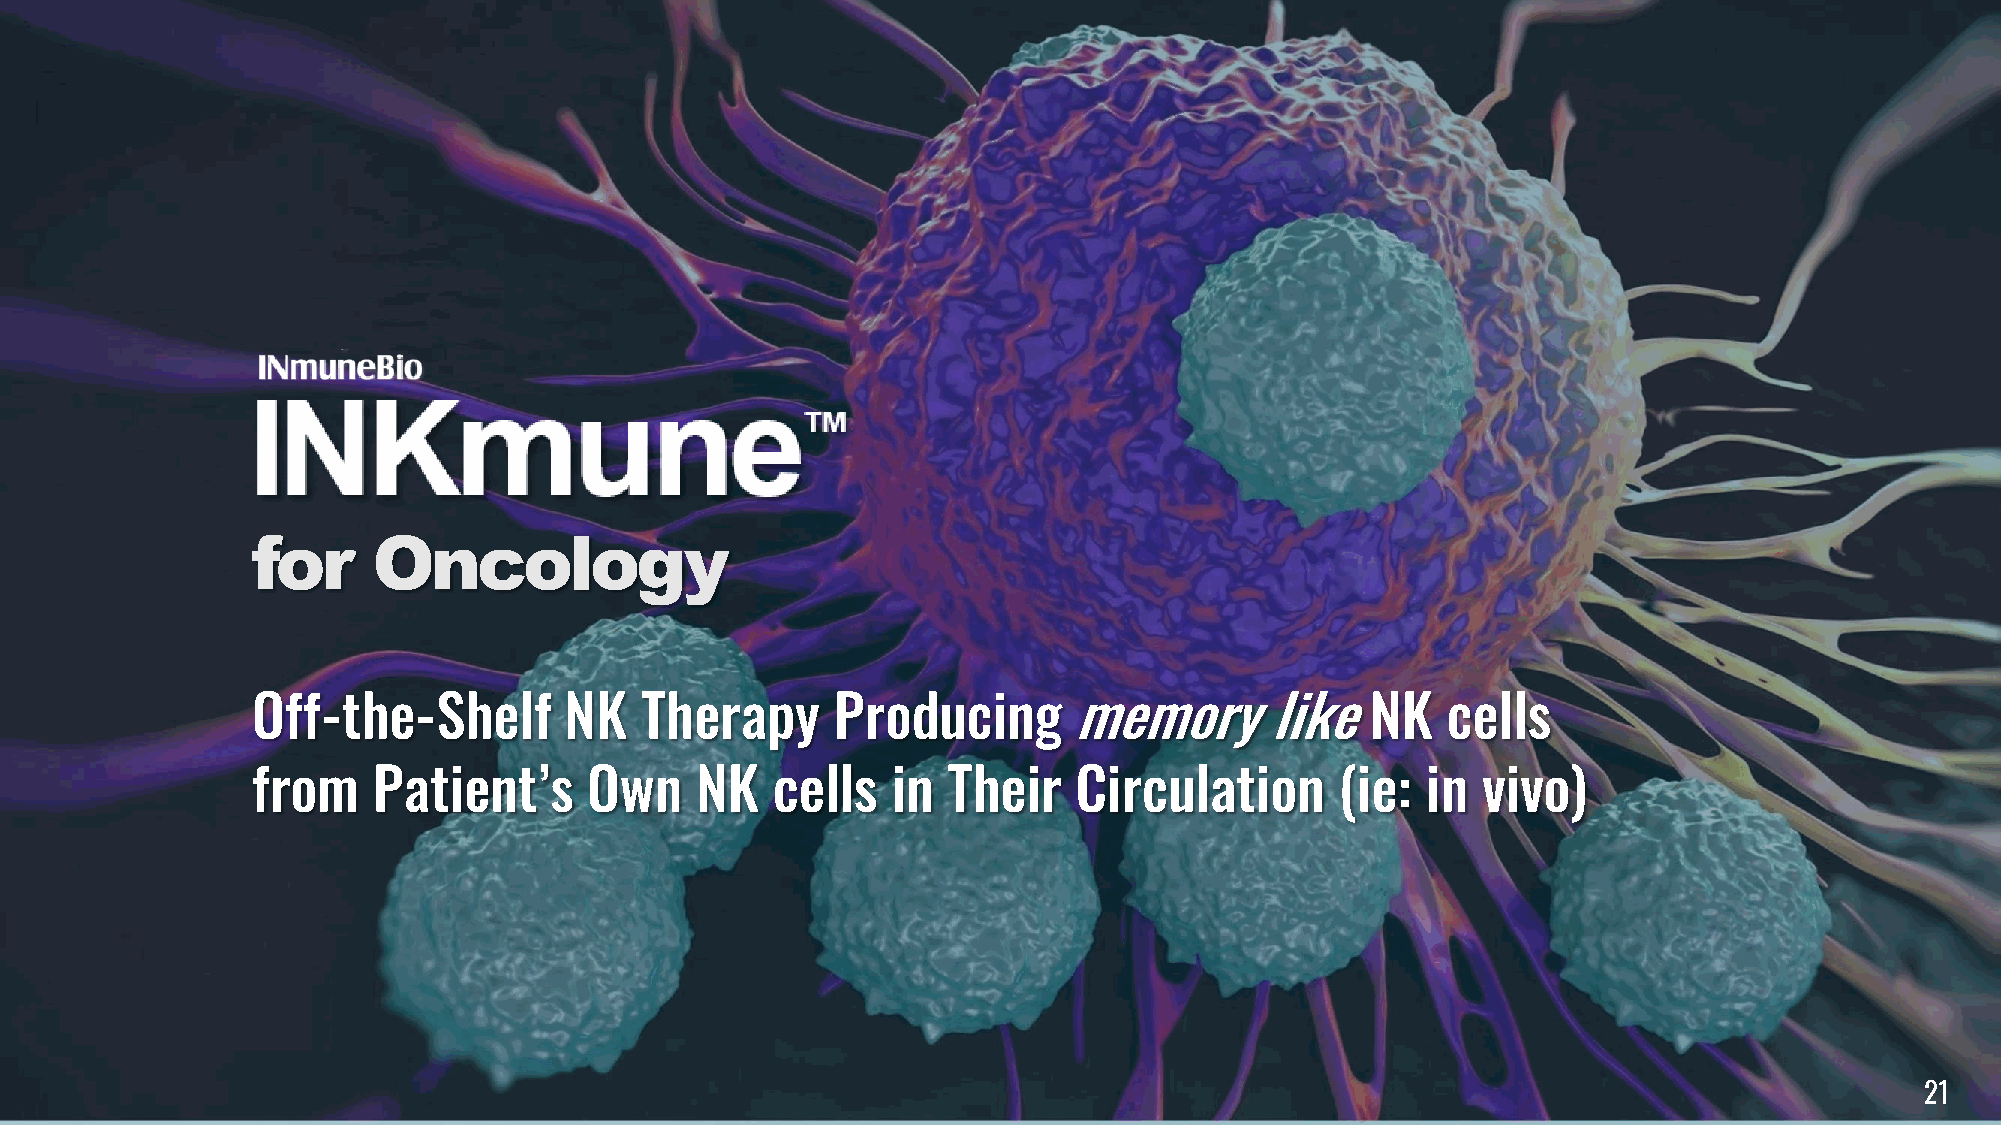
for     Oncology
 Off-the-Shelf       NK   Therapy      Producing       memory       like   NK   cells
 from    Patient’s     Own    NK   cells   in  Their   Circulation       (ie: in  vivo)
 21